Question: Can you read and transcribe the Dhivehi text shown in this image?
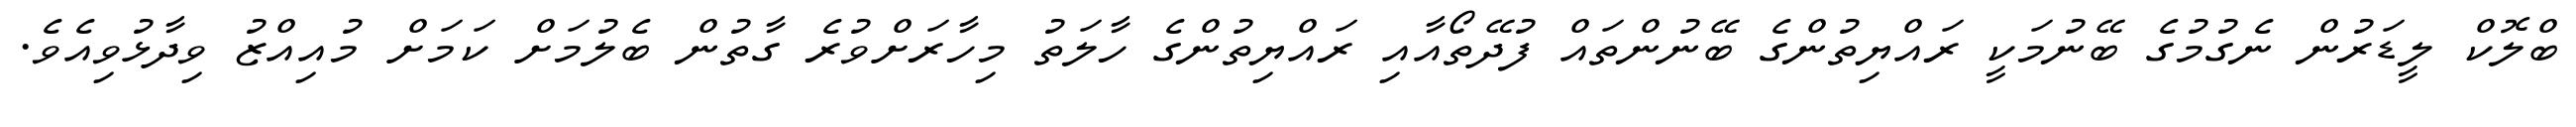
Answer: ބްލޮކް ލީޑަރުން ނެގުމުގެ ބޭނުމަކީ ރައްޔިތުންގެ ބޭނުންތައް ފުދޭތޯއާއި ރައްޔިތުންގެ ހާލަތު މިހާރަށްވުރެ ގާތުން ބެލުމަށް ކަމަށް މުއިއްޒު ވިދާޅުވިއެވެ.